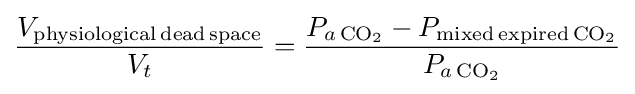
{\frac {V_{\ce {physiological\,dead\,space}}}{V_{t}}}={\frac {P_{a\,{\ce {CO2}}}-P_{\ce {mixed\,expired\,CO2}}}{P_{a\,{\ce {CO2}}}}}